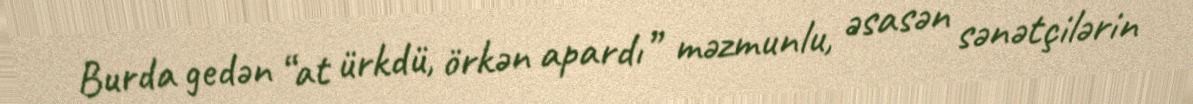
Burda gedən “at ürkdü, örkən apardı” məzmunlu, əsasən sənətçilərin